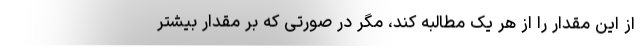
از این مقدار را از هر یک مطالبه کند، مگر در صورتی که بر مقدار بیشتر